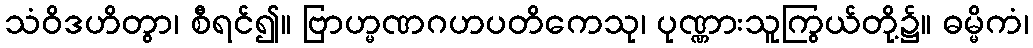
သံဝိဒဟိတွာ၊ စီရင်၍။ ဗြာဟ္မဏဂဟပတိကေသု၊ ပုဏ္ဏားသူကြွယ်တို့၌။ ဓမ္မိကံ၊